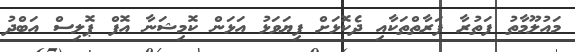
މައުލޫމާތު ފަތުރާ ފަރާތްތަކާއި ދެކޮޅަށް ފިޔަވަޅު އަޅަން ކޮމިޝަނާ އޮފް ޕޮލިސް އަބްދު